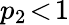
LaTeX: p_{2}\! <\! 1